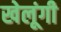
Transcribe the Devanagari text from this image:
खेलूंगी